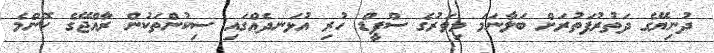
ދުނިޔޭގެ ދަތުރުފަތުރަށް ބަލާނަމަ މިވަރުގެ ސްޕީޑް ހުރި އުޅަނދެއްގައި ސިކުންތަކުން ރާއްޖޭގެ ކޮންމެ